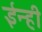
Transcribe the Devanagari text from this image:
ईन्ही